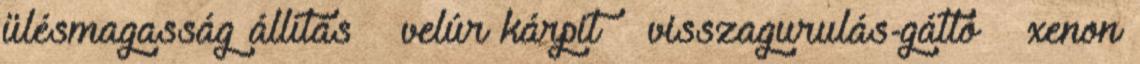
ülésmagasság állítás – velúr kárpit – visszagurulás-gátló – xenon